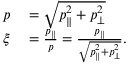
\begin{array} { r l } { p } & { { } = \sqrt { p _ { \parallel } ^ { 2 } + p _ { \perp } ^ { 2 } } } \\ { \xi } & { { } = \frac { p _ { \parallel } } { p } = \frac { p _ { \parallel } } { \sqrt { p _ { \parallel } ^ { 2 } + p _ { \perp } ^ { 2 } } } . } \end{array}